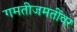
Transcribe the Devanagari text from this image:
गमतीजमतींवर